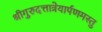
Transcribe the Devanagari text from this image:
श्रीगुरुदत्तात्रेयार्पणमस्तु